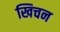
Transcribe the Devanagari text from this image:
खिचन